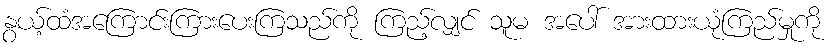
နွယ့်ထံအကြောင်းကြားပေးကြသည်ကို ကြည့်လျှင် သူမ အပေါ် အားထားယုံကြည်မှုကို